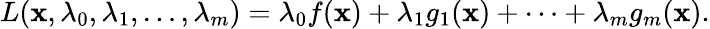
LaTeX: L(\mathbf{x},\lambda_{0},\lambda_{1},\ldots,\lambda_{m})=\lambda_{0}f(\mathbf{x})+\lambda_{1}g_{1}(\mathbf{x})+\cdots+\lambda_{m}g_{m}(\mathbf{x}).